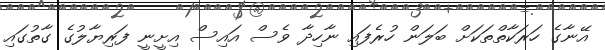
އޭނާގެ ހަރަކާތްތަކަށް ބަލަން ހުރެފައި ނާހިދާ ވެސް އައިސް އިށީނީ ފަރިޔާލުގެ ގާތުގައި